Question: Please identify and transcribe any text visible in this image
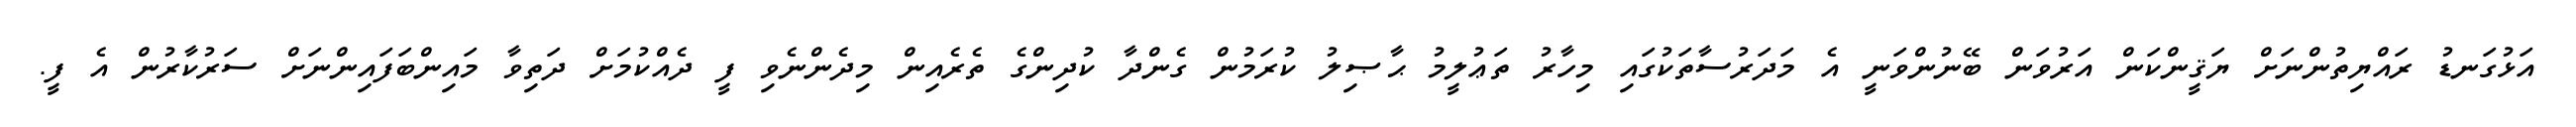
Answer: އަޅުގަނޑު ރައްޔިތުންނަށް ޔަޤީންކަން އަރުވަން ބޭނުންވަނީ އެ މަދަރުސާތަކުގައި މިހާރު ތަޢުލީމު ޙާޞިލު ކުރަމުން ގެންދާ ކުދިންގެ ތެރެއިން މިދެންނެވި ފީ ދެއްކުމަށް ދަތިވާ މައިންބަފައިންނަށް ސަރުކާރުން އެ ފީ.